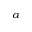
^ a